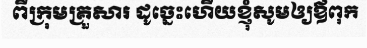
ពីក្រុមគ្រួសារ ដូច្នេះហើយខ្ញុំសូមឲ្យឪពុក